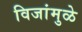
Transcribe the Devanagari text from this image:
विजांमुळे